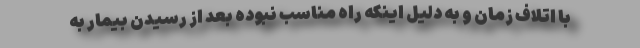
با اتلاف زمان و به دلیل اینکه راه مناسب نبوده بعد از رسیدن بیمار به